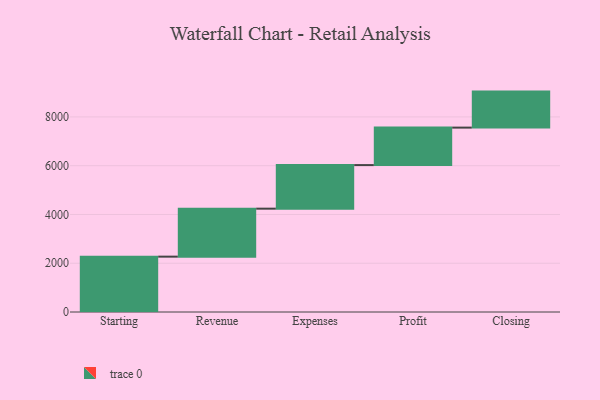
{"axis": {"x": "Step", "y": "Value"}, "legend": [""], "data": [{"x": "Starting", "y": 2270.0, "type": ""}, {"x": "Revenue", "y": 1968.0, "type": ""}, {"x": "Expenses", "y": 1787.0, "type": ""}, {"x": "Profit", "y": 1537.0, "type": ""}, {"x": "Closing", "y": 1477.0, "type": ""}]}